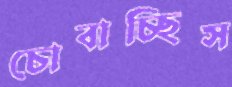
চোবাচ্ছিস